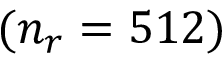
( n _ { r } = 5 1 2 )